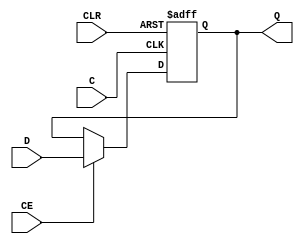
module FDCE_5 (output reg Q, input C, CE, D, CLR);
  parameter [0:0] INIT = 1'b0;
  parameter [0:0] IS_C_INVERTED = 1'b0;
  parameter [0:0] IS_D_INVERTED = 1'b0;
  parameter [0:0] IS_CLR_INVERTED = 1'b0;
  initial Q <= INIT;
  generate case ({|IS_C_INVERTED, |IS_CLR_INVERTED})
    2'b00: always @(posedge C, posedge CLR) if ( CLR) Q <= 1'b0; else if (CE) Q <= D ^ IS_D_INVERTED;
    2'b01: always @(posedge C, negedge CLR) if (!CLR) Q <= 1'b0; else if (CE) Q <= D ^ IS_D_INVERTED;
    2'b10: always @(negedge C, posedge CLR) if ( CLR) Q <= 1'b0; else if (CE) Q <= D ^ IS_D_INVERTED;
    2'b11: always @(negedge C, negedge CLR) if (!CLR) Q <= 1'b0; else if (CE) Q <= D ^ IS_D_INVERTED;
  endcase endgenerate
endmodule